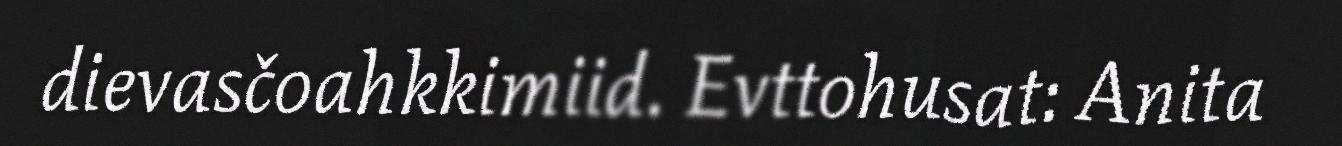
dievasčoahkkimiid. Evttohusat: Anita